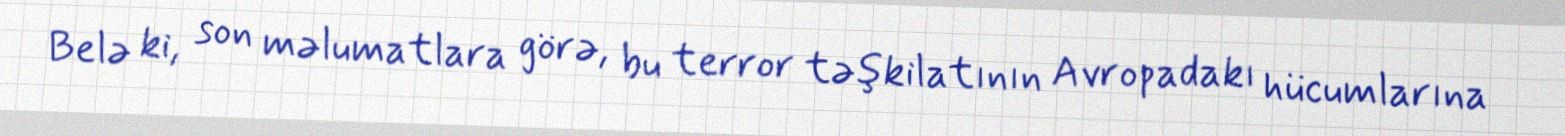
Belə ki, son məlumatlara görə, bu terror təşkilatının Avropadakı hücumlarına